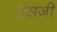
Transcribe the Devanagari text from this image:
हंसजी